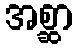
အစ္ဆာ